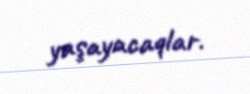
yaşayacaqlar.